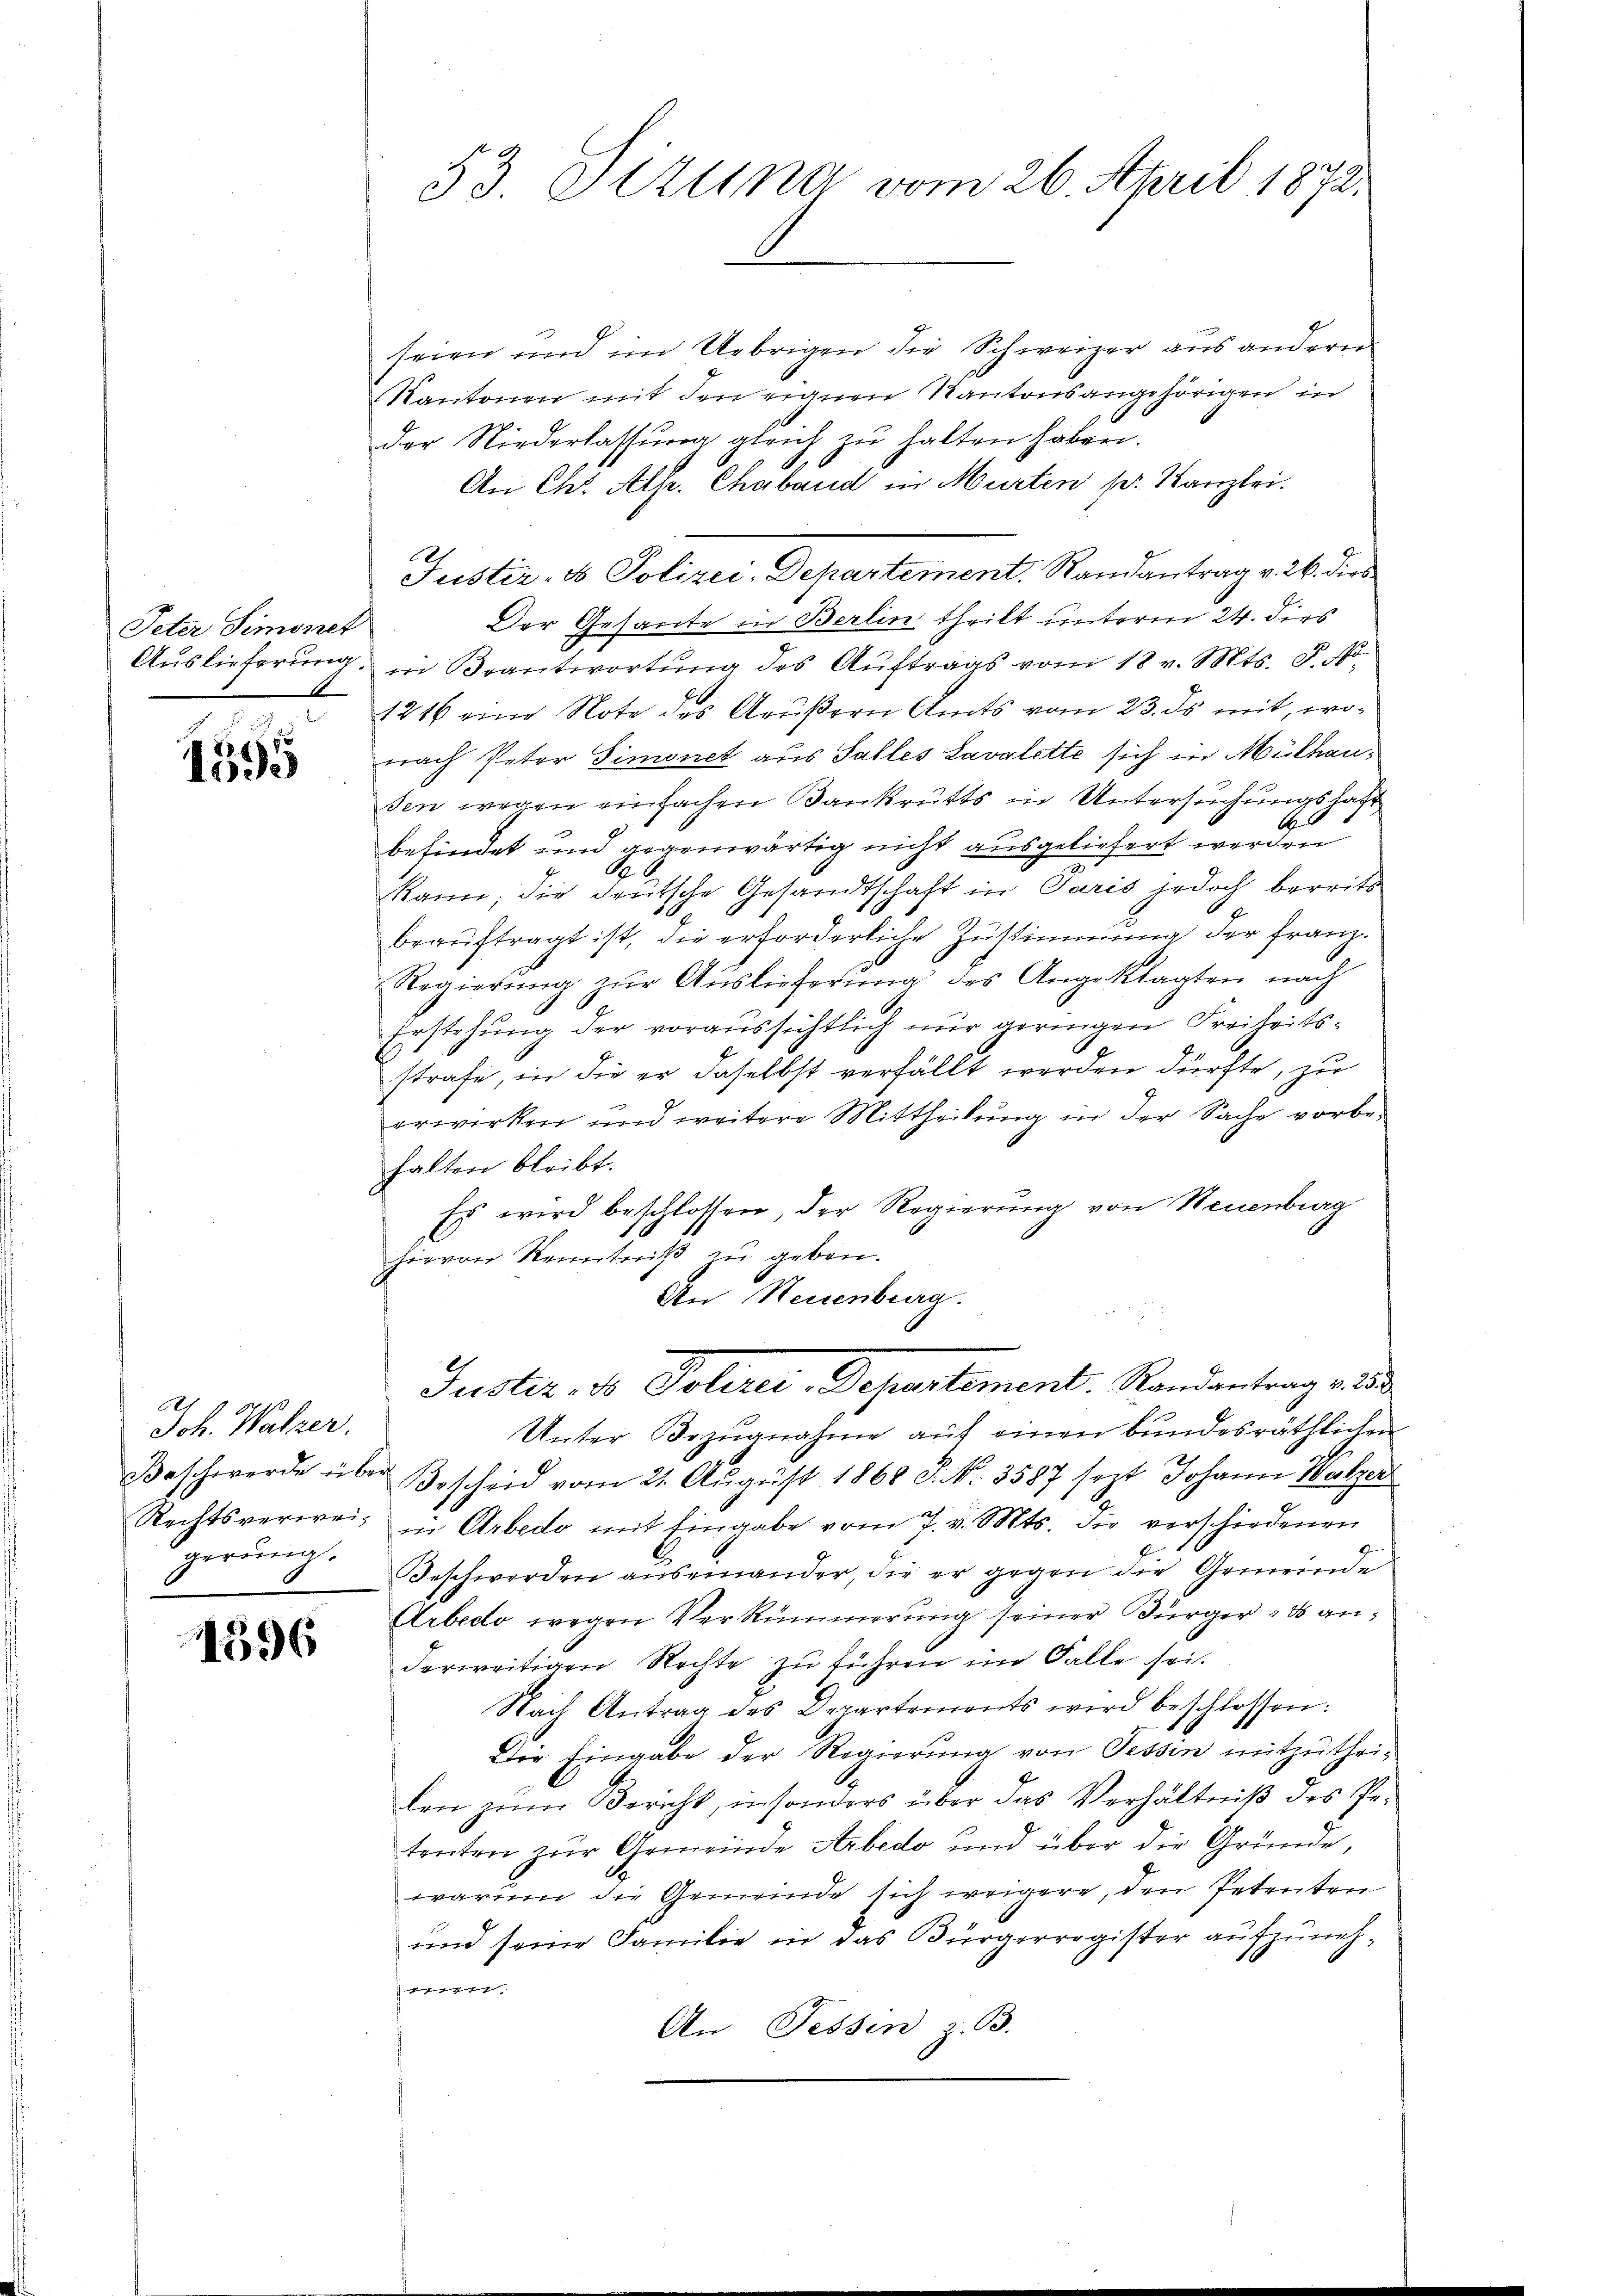
Peter Simonet
Auslieferung.

1395

x
Joh. Walzer.
Rechtsverweigerŭng.

1596

53. Sitzung vom 26. April 1872.

seien und im Uebrigen die Schweizer aus anderen
Kantonen mit den eignen Kantonsangehörigen in
der Niederlassung gleich zu halten haben.
An Chr. Als Chaband in Murten pr. Kanzlei.
Justiz- & Polizei-Departement, Randantrag v. 26. dies
Der Gesante in Berlin theilt unterm 24. dies
in Beantwortung des Auftrags vom 18 v. Mts. P. No¬
1216 eine Note des Aeußern Amts vom 23. ds mit, wonach Peter Simonet aus Salles Lavalette sich in Mülhausen wegen einfachen Bankrütts in Untersuchungshaft
b
befindet und gegenwärtig nicht ausgeliefert werden
 6
kann; die deutsche Gesandtschaft in Paris jedoch bereits
beauftragt ist, die erforderliche Zustimmung der Franz.
Regierŭng zŭr Aŭslieferŭng des Angeklagten nach
Erstehung der voraussichtlich nur geringen Freiheitsstrafe, in die er daselbst verfällt werden dürfte, zu
erwirken und weitere Mittheilung in der Sache vorbe-
halten bleibt.
Es wird beschlossen, der Regierung von Neuenburg
hievon Kenntniß zu geben.
An Neuenburg.
Justiz, Do Polizei- Departement. Randantrag aus d
Unter Bezŭgnahme aŭf einen bundesräthlichen
Beschwerde über Bescheid vom 21. August 1868 d. No. 3587 sezt Johann Walzer
in Arbedo mit Eingabe vom 7. v. Mts. die verschiedenen
Beschwerden auseinander, die er gegen die Gemeinde
Arbedo wegen Verkümmerung seiner Bürger - anderweitigen Rechte zu führen im Falle sei.
Nach Antrag des Departements wird beschlossen:
Die Eingabe der Regierŭng von Tessin mitzuthei-
len zum Bericht, in sonders über das Verhältniß des Getenten zur Gemeinde Arbedo und über die Gründe,
warum die Gemeinde sich weigere, den Petenten
und seine Familie in das Bürgerregister aufzuneh¬
 |
An Fessen z. B.